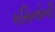
કસિનોની